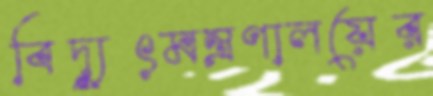
বিদ্যুৎমন্ত্রণালয়ের